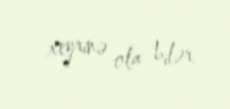
xeyrinə ola bilər.